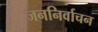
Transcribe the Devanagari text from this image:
जननिर्वाचन